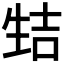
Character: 𰢭